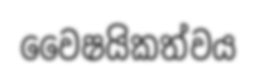
වෛෂයිකත්වය